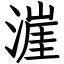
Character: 漄